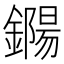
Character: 鐊